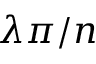
\lambda \pi / n